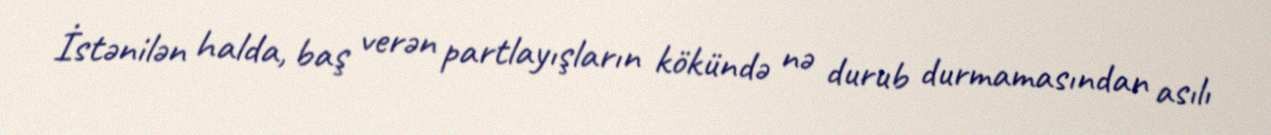
İstənilən halda, baş verən partlayışların kökündə nə durub durmamasından asılı